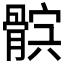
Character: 𩩏